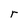
Character: r